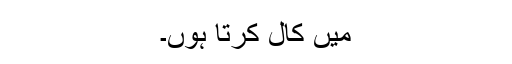
میں کال کرتا ہوں۔